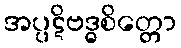
အပ္ပဋိဗဒ္ဓစိတ္တော